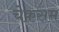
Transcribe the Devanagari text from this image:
चेकसम